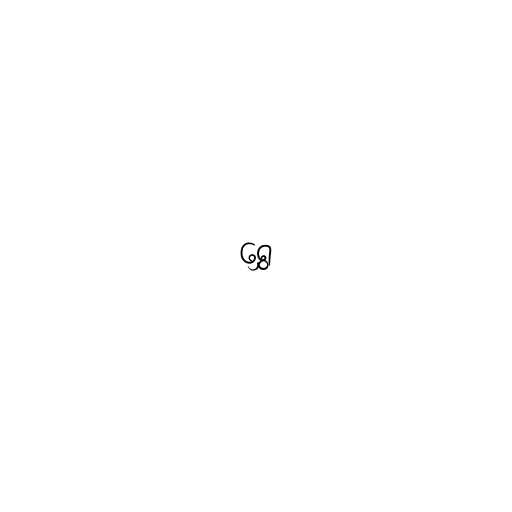
ရွှေ